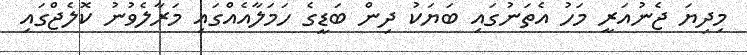
މިދިޔަ ޖެނުއަރީ މަހު އެތަނުގައި ބަޔަކު ދިން ބަޑީގެ ހަމަލާއެއްގައި މަރާލެވުނު ކޮލެޖްގައި